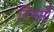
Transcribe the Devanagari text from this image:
टिस्सी